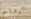
الرماح